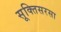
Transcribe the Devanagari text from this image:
सूक्तिसरसा